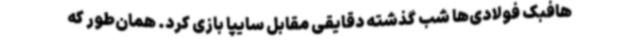
هافبک فولادی‌ها شب گذشته دقایقی مقابل سایپا بازی کرد. همان‌طور که